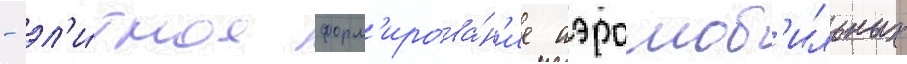
- эл'и́тное форм'ирова́н'ие аэромоб'ильных